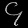
Digit: ၄